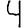
Digit: 4